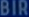
BIRQ